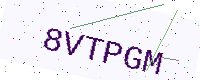
Text: 8VTPGM